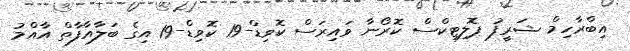
އިބްރާހިމް ޝަރީފު ޕޮލިޓިކްސް ކޮރޯނާ ވައިރަސް ކޮވިޑް-19 ކޮވިޑް-19 އިގެ ބަލާއާފާތް އާއްމު